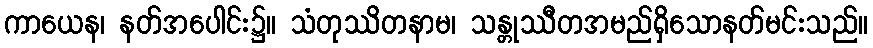
ကာယေန၊ နတ်အပေါင်း၌။ သံတုဿိတနာမ၊ သန္တုဿီတအမည်ရှိသောနတ်မင်းသည်။